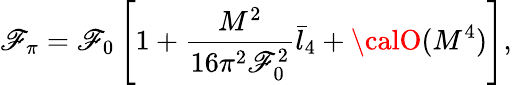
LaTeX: \mathscr{F}_{\pi}=\mathscr{F}_{0}\left[1+\frac{{M^{2}}}{{16\pi^{2}\mathscr{F}_{0}^{2}}}\bar{{l}}_{4}+{\calO}(M^{4})\right],